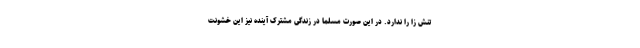
تنش زا را ندارد. در این صورت مسلما در زندگی مشترک آینده نیز این خشونت